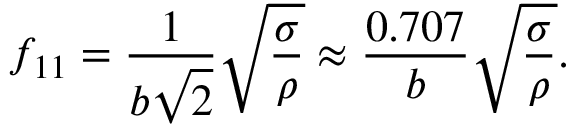
f _ { 1 1 } = \frac { 1 } { b \sqrt { 2 } } \sqrt { \frac { \sigma } { \rho } } \approx \frac { 0 . 7 0 7 } { b } \sqrt { \frac { \sigma } { \rho } } .